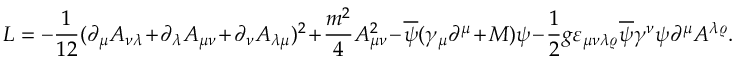
{ \cal L } = - \frac { 1 } { 1 2 } ( \partial _ { \mu } A _ { \nu \lambda } + \partial _ { \lambda } A _ { \mu \nu } + \partial _ { \nu } A _ { \lambda \mu } ) ^ { 2 } + \frac { m ^ { 2 } } { 4 } A _ { \mu \nu } ^ { 2 } - \overline { { { \psi } } } ( \gamma _ { \mu } \partial ^ { \mu } + M ) \psi - \frac { 1 } { 2 } g \varepsilon _ { \mu \nu \lambda \varrho } \overline { { { \psi } } } \gamma ^ { \nu } \psi \partial ^ { \mu } A ^ { \lambda \varrho } .